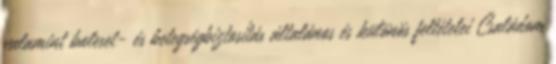
valamint baleset- és betegségbiztosítás általános és különös feltételei Családom